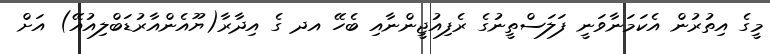
މީގެ އިތުރުން އެކަމަނާވަނީ ފަލަސްތީނުގެ ރެފިއުޖީންނާއި ބެހޭ އދ ގެ އިދާރާ(ޔޫއެންއާރުޑަބްލިއުއޭ) އަށް